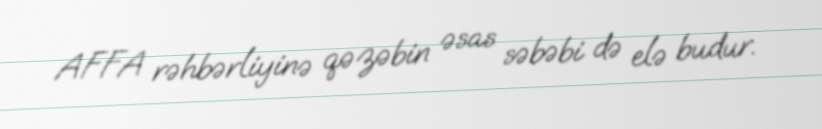
AFFA rəhbərliyinə qəzəbin əsas səbəbi də elə budur.